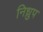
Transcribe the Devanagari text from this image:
निध्रुप